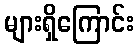
များရှိကြောင်း